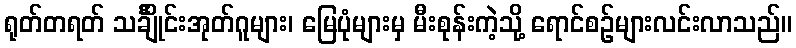
ရုတ်တရတ် သင်္ချိုင်းအုတ်ဂူများ၊ မြေပုံများမှ မီးစုန်းကဲ့သို့ ရောင်စဉ်များလင်းလာသည်။